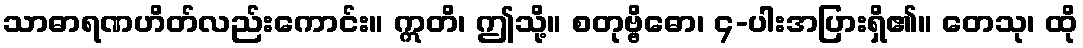
သာဓာရဏဟိတ်လည်းကောင်း။ ဣတိ၊ ဤသို့။ စတုဗ္ဗိဓော၊ ၄-ပါးအပြားရှိ၏။ တေသု၊ ထို